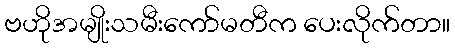
ဗဟိုအမျိုးသမီးကော်မတီက ပေးလိုက်တာ။